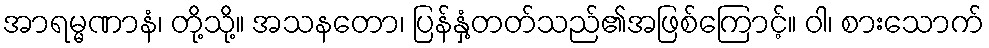
အာရမ္မဏာနံ၊ တို့သို့။ အသနတော၊ ပြန်နှံ့တတ်သည်၏အဖြစ်ကြောင့်။ ဝါ၊ စားသောက်